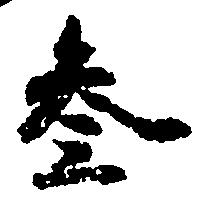
参